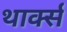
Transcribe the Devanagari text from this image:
थार्क्स